Report of the Indian Hemp Drugs Commission, 1894-1895 - Volume VI
Year: 1894
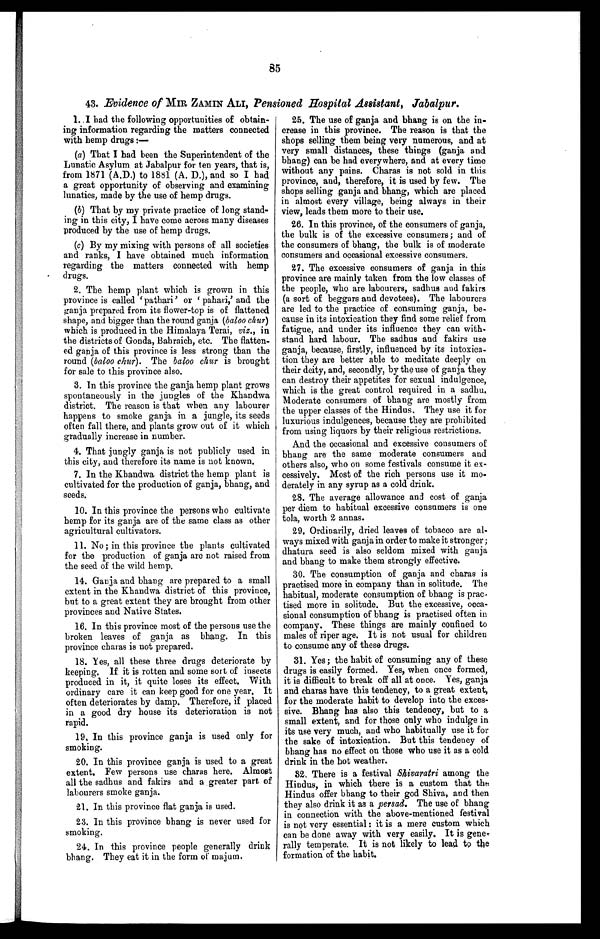
85
43. Evidence of MIR ZAMIN ALI, Pensioned Hospital Assistant, Jabalpur.
1. I had the following opportunities of obtain-
ing information regarding the matters connected
with hemp drugs :—
(a) That I bad been the Superintendent of the
Lunatic Asylum at Jabalpur for ten years, that is,
from 1871 (A.D.) to 1881 (A. D.), and so I had
a great opportunity of observing and examining
lunatics, made by the use of hemp drugs.
(b) That by my private practice of long stand-
ing in this city, I have come across many diseases
produced by the use of hemp drugs.
(c) By my mixing with persons of all societies
and ranks, I have obtained much information
regarding the matters connected with hemp
drugs.
2. The hemp plant which is grown in this
province is called ' pathari' or ' pahari,' and the
ganja prepared from its flower-top is of flattened
shape, and bigger than the round ganja (baloo chur)
which is produced in the Himalaya Terai, viz., in
the districts of Gonda, Bahraich, etc. The flatten-
ed ganja of this province is less strong than the
round (baloo chur). The baloo chur is brought
for sale to this province also.
3. In this province the ganja hemp plant grows
spontaneously in the jungles of the Khandwa
district. The reason is that when any labourer
happens to smoke ganja in a jungle, its seeds
often fall there, and plants grow out of it which
gradually increase in number.
4. That jungly ganja is not publicly used in
this city, and therefore its name is not known.
7. In the Khandwa district the hemp plant is
cultivated for the production of ganja, bhang, and
seeds.
10. In this province the persons who cultivate
hemp for its ganja are of the same class as other
agricultural cultivators.
11. No; in this province the plants cultivated
for the production of ganja are not raised from
the seed of the wild hemp.
14. Ganja and bhang are prepared to a small
extent in the Khandwa district of this province,
but to a great extent they are brought from other
provinces and Native States.
16. In this province most of the persons use the
broken leaves of ganja as bhang. In this
province charas is not prepared.
18. Yes, all these three drugs deteriorate by
keeping. If it is rotten and some sort of insects
produced in it, it quite loses its effect. With
ordinary care it can keep good for one year. It
often deteriorates by damp. Therefore, if placed
in a good dry house its deterioration is not
rapid.
19. In this province ganja is used only for
smoking.
20. In this province ganja is used to a great
extent. Few persons use charas here. Almost
all the sadhus and fakirs and a greater part of
labourers smoke ganja.
21. In this province flat ganja is used.
23. In this province bhang is never used for
smoking.
24. In this province people generally drink
bhang. They eat it in the form of majum.
25. The use of ganja and bhang is on the in-
crease in this province. The reason is that the
shops selling them being very numerous, and at
very small distances, these things (ganja and
bhang) can be had everywhere, and at every time
without any pains. Charas is not sold in this
province, and, therefore, it is used by few. The
shops selling ganja and bhang, which are placed
in almost every village, being always in their
view, leads them more to their use.
26. In this province, of the consumers of ganja,
the bulk is of the excessive consumers; and of
the consumers of bhang, the bulk is of moderate
consumers and occasional excessive consumers.
27. The excessive consumers of ganja in this
province are mainly taken from the low classes of
the people, who are labourers, sadhus and fakirs
(a sort of beggars and devotees). The labourers
are led to the practice of consuming ganja, be-
cause in its intoxication they find some relief from
fatigue, and under its influence they can with-
stand hard labour. The sadhus and fakirs use
ganja, because, firstly, influenced by its intoxica-
tion they are better able to meditate deeply on
their deity, and, secondly, by the use of ganja they
can destroy their appetites for sexual indulgence,
which is the great control required in a sadhu.
Moderate consumers of bhang are mostly from
the upper classes of the Hindus. They use it for
luxurious indulgences, because they are prohibited
from using liquors by their religious restrictions.
And the occasional and excessive consumers of
bhang are the same moderate consumers and
others also, who on some festivals consume it ex-
cessively. Most of the rich persons use it mo-
derately in any syrup as a cold drink.
28. The average allowance and cost of ganja
per diem to habitual excessive consumers is one
tola, worth 2 annas.
29. Ordinarily, dried leaves of tobacco are al-
ways mixed with ganja in order to make it stronger;
dhatura seed is also seldom mixed with ganja
and bhang to make them strongly effective.
30. The consumption of ganja and charas is
practised more in company than in solitude. The
habitual, moderate consumption of bhang is prac-
tised more in solitude. But the excessive, occa-
sional consumption of bhang is practised often in
company. These things are mainly confined to
males of riper age. It is not usual for children
to consume any of these drugs.
31. Yes ; the habit of consuming any of these
drugs is easily formed. Yes, when once formed,
it is difficult to break off all at once. Yes, ganja
and charas have this tendency, to a great extent,
for the moderate habit to develop into the exces-
sive. Bhang has also this tendency, but to a
small extent, and for those only who indulge in
its use very much, and who habitually use it for
the sake of intoxication. But this tendency of
bhang has no effect on those who use it as a cold
drink in the hot weather.
32. There is a festival Shivaratri among the
Hindus, in which there is a custom that the
Hindus offer bhang to their god Shiva, and then
they also drink it as a persad. The use of bhang
in connection with the above-mentioned festival
is not very essential : it is a mere custom which
can be done away with very easily. It is gene-
rally temperate. It is not likely to lead to the
formation of the habit.